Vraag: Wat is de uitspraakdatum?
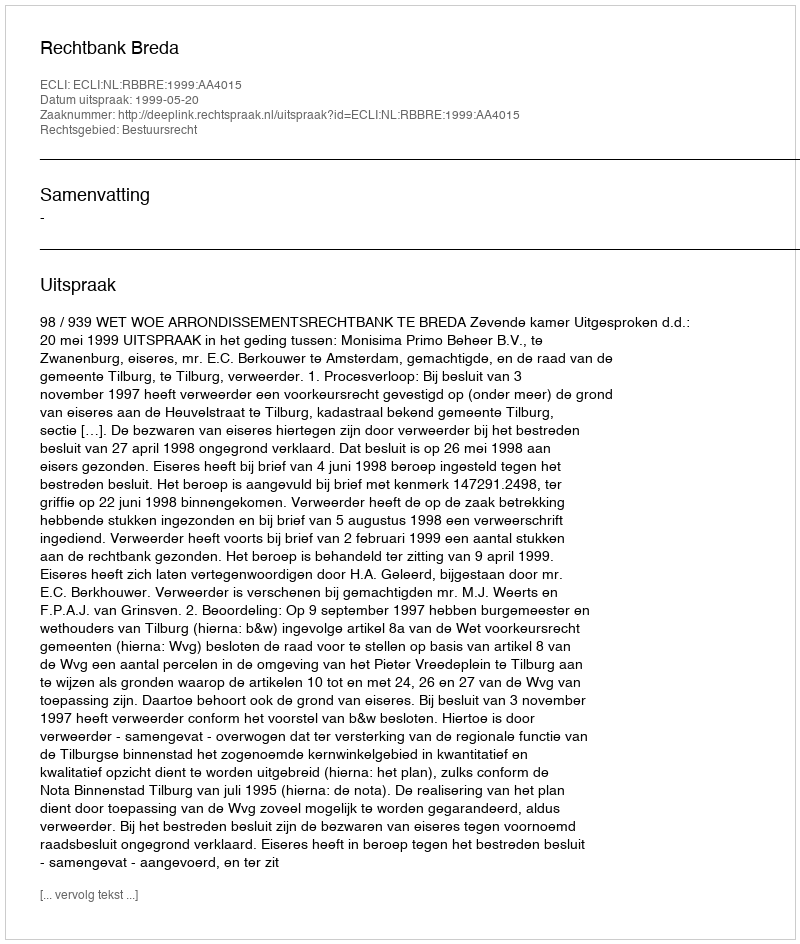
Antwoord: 1999-05-20